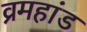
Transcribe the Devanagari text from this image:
व्रमहांड